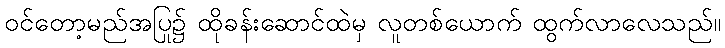
ဝင်တော့မည်အပြု၌ ထိုခန်းဆောင်ထဲမှ လူတစ်ယောက် ထွက်လာလေသည်။